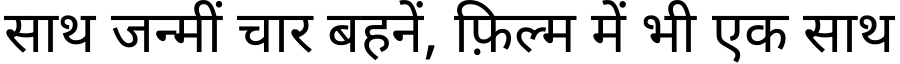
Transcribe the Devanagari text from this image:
साथ जन्मीं चार बहनें, फ़िल्म में भी एक साथ